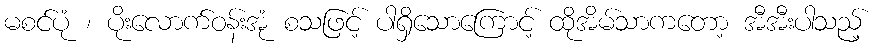
မစင်ပုံ ၊ ပိုးလောက်ဝန်းအုံ စသဖြင့် ပါရှိသောကြောင့် ထိုအိမ်သာကတော့ အီအီးပါသည့်